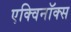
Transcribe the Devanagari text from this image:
एक्विनॉक्स